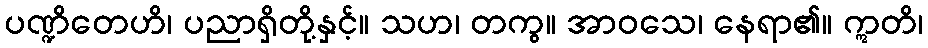
ပဏ္ဍိတေဟိ၊ ပညာရှိတို့နှင့်။ သဟ၊ တကွ။ အာဝသေ၊ နေရာ၏။ ဣတိ၊